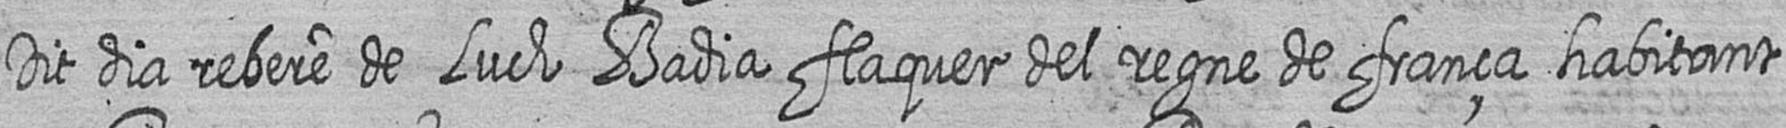
Dit dia rebere de Luch Badia flaquer del regne de frança habitant